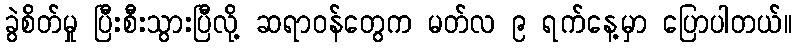
ခွဲစိတ်မှု ပြီးစီးသွားပြီလို့ ဆရာဝန်တွေက မတ်လ ၉ ရက်နေ့မှာ ပြောပါတယ်။